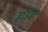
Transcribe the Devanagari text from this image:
हाउज़र